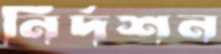
নির্দশন